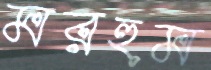
মরহুম